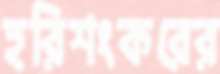
হরিশংকরের